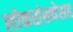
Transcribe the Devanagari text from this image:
लोकसंख्येसह